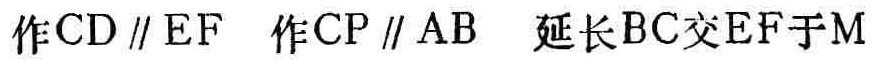
作\(CD \parallel EF\)  作\(CP \parallel AB\)  延长\(BC\)交\(EF\)于\(M\)